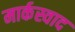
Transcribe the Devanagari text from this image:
मार्कस्वाद